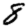
Digit: 8